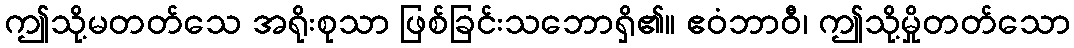
ဤသို့မတတ်သေ အရိုးစုသာ ဖြစ်ခြင်းသဘောရှိ၏။ ဧဝံဘာဝီ၊ ဤသို့မှိုတတ်သော